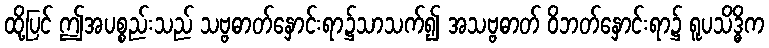
ထို့ပြင် ဤအပစ္စည်းသည် သဗ္ဗဓာတ်နှောင်းရာ၌သာသက်၍ အသဗ္ဗဓာတ် ဝိဘတ်နှောင်းရာ၌ ရူပသိဒ္ဓိက